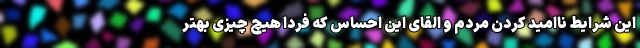
این شرایط ناامید کردن مردم و القای این احساس که فردا هیچ چیزی بهتر